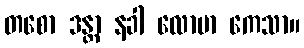
တစော ဒန္တာ နခါ လောမာ ကေသာ။